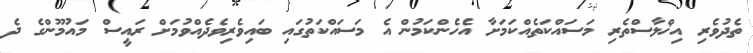
ތެދުވެރި އިޚްލާސްތެރި މަސައްކަތެއްކަމަށާ އެހެންކަމުން އެ މަސައްކަތުގައި ބައިވެރިވެދެއްވުމަށް ރައީސް މައުމޫންގެ ދެ